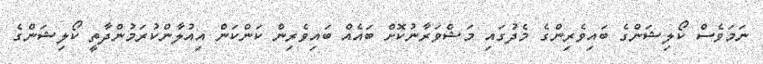
ނަމަވެސް ކޯލިޝަންގެ ބައިވެރިންގެ މެދުގައި މަޝްވަރާނުކޮށް ބައެއް ބައިވެރިން ކަންކަން އިއުލާންކުރަމުންދާތީ ކޯލިޝަންގެ